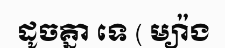
ដូចគ្នា ទេ ( ម្យ៉ាង